V__Kingissepa_nim__kolhoos, lk 14
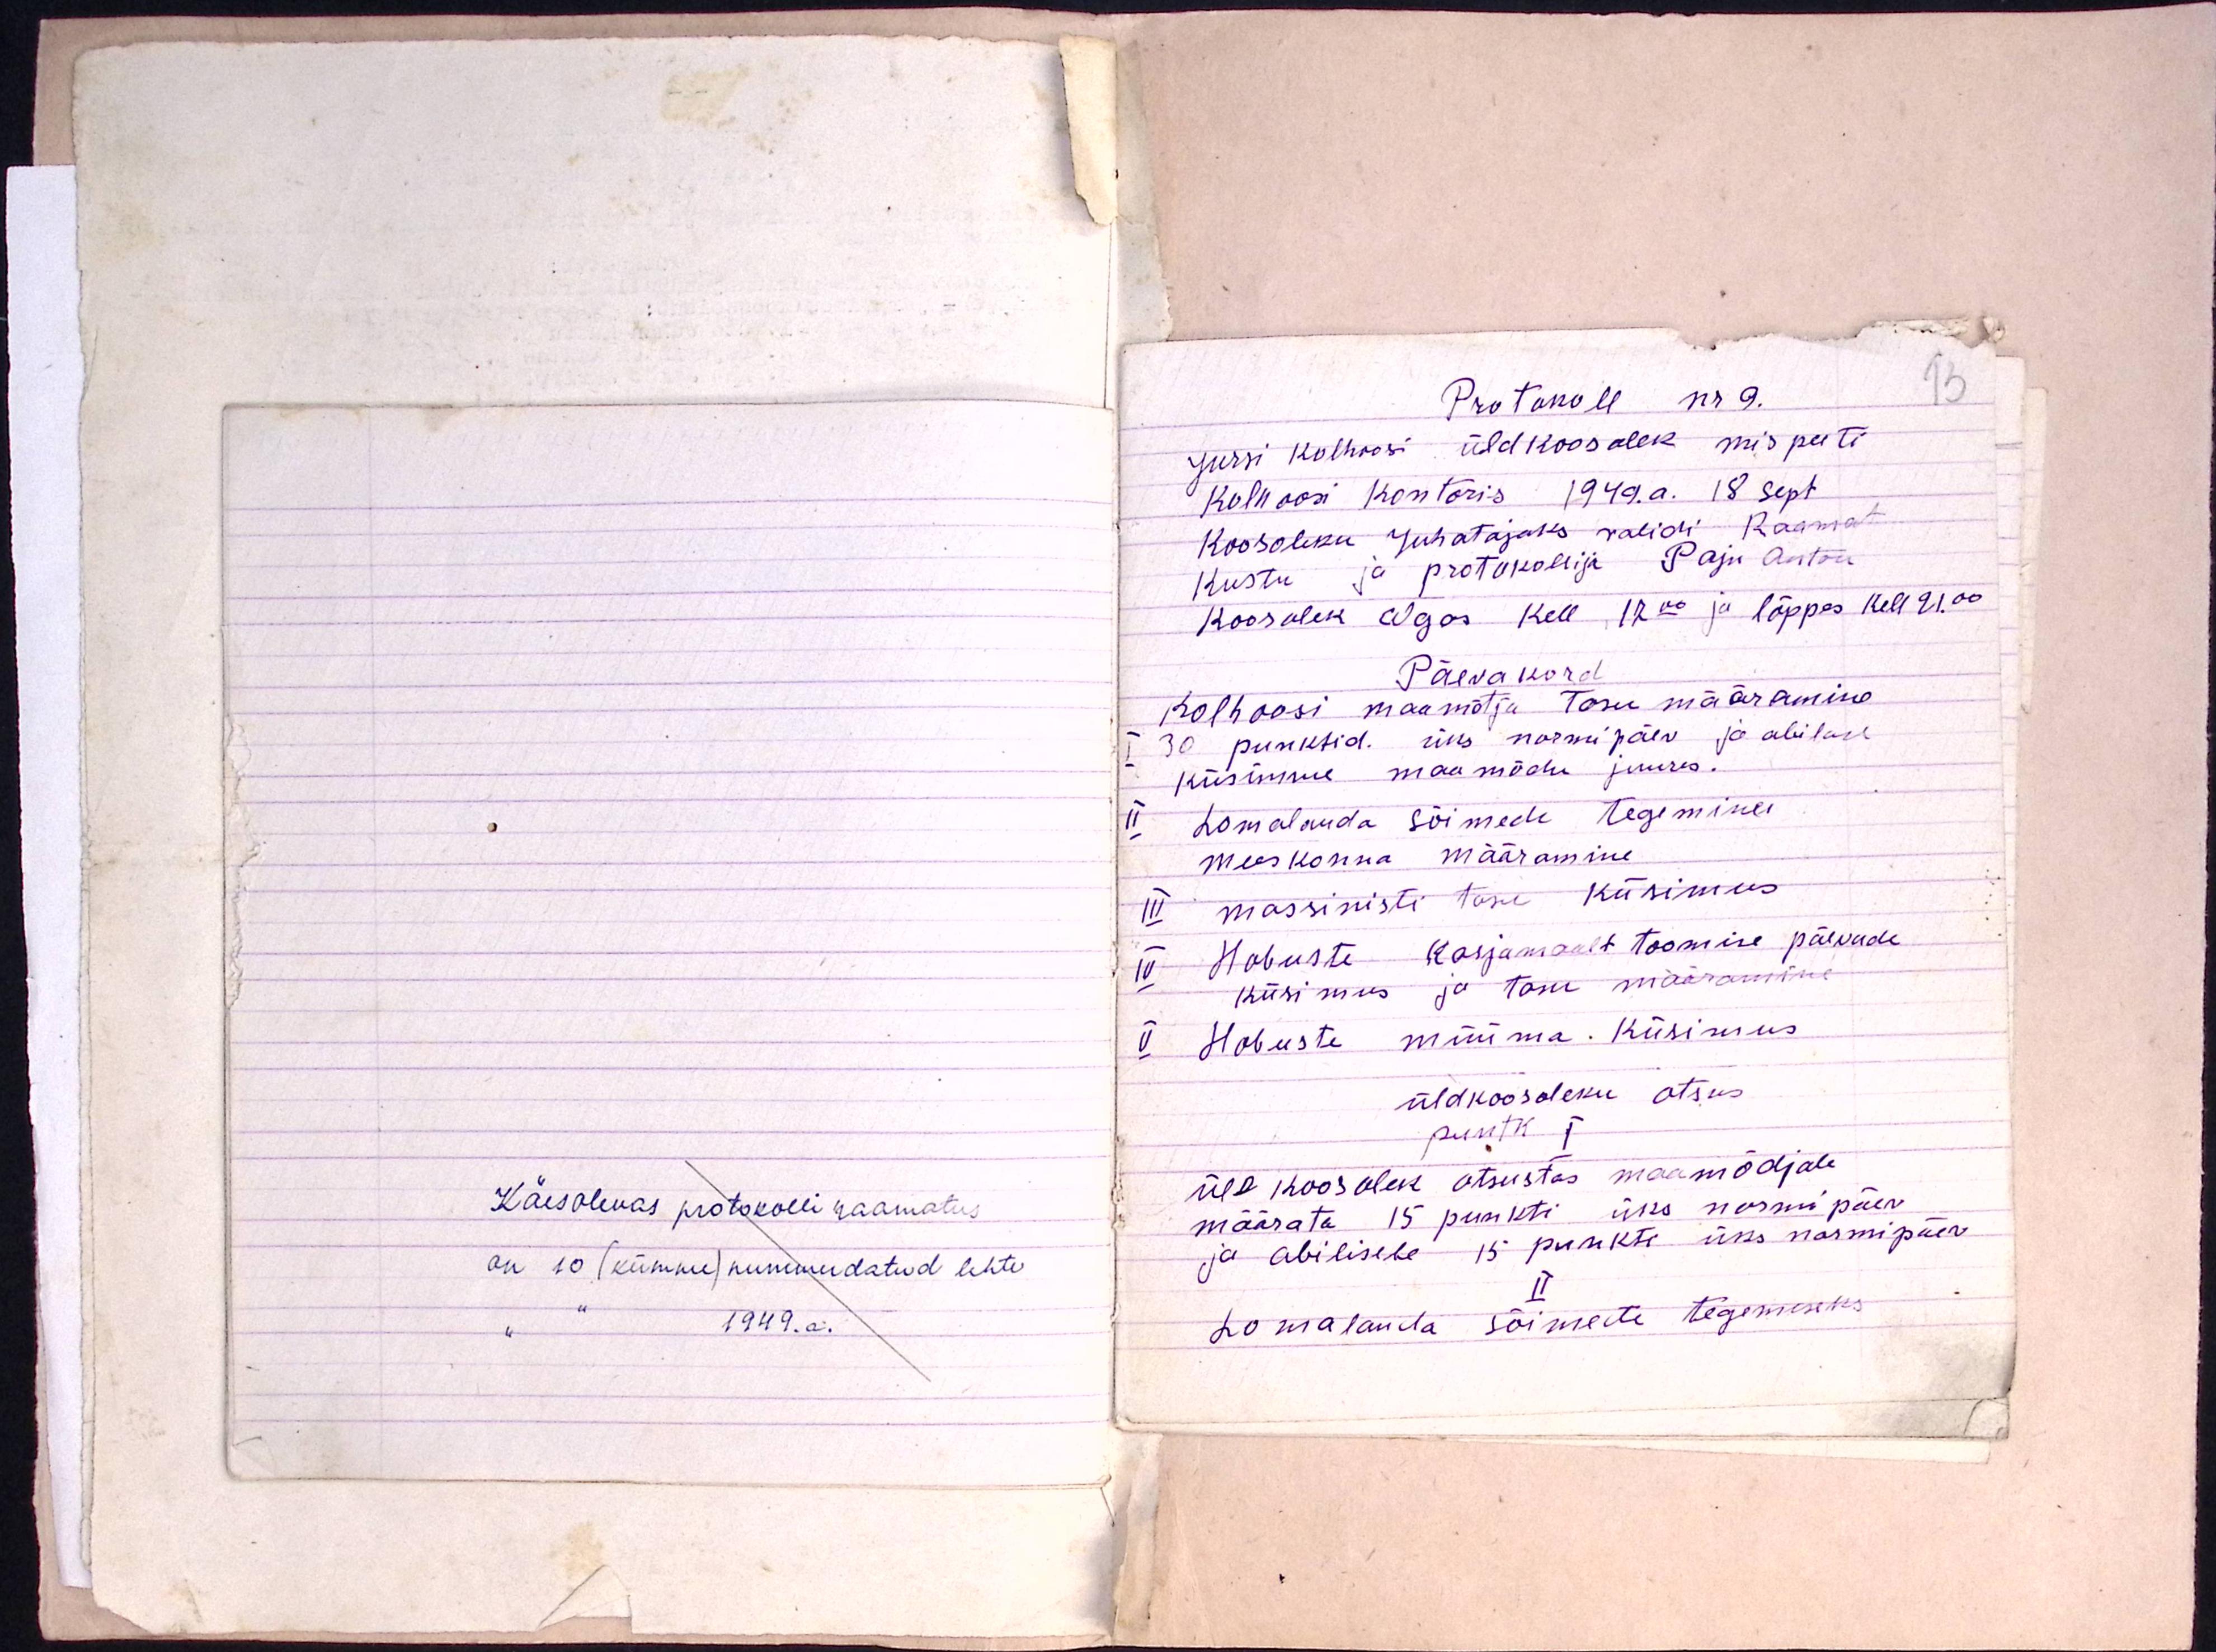
13

Käesolevas protokolli raamatus
on 10 (kümme) nummudatud lehte
" 1949. a.

Protokoll nr 9.
Jursi kolhoosi üldkoosolek mis peeti
kolhoosi kontoris 1949. a. 18 sept.
Koosoleku Juhatajaks validi Raamat
Kustu ja protokollija Paju Anton
Koosolek algas kell 12.00 ja lõppes kell 21.00
Päevakord
Kolhoosi maamõtja Tasu määramine
I 30 punktid. üks normipäev ja abilase
küsimine maamõdu juures.
II Lomalauda sõimede tegemine
meeskonna määramine
III massinistide tasu küsimus
IV Hobuste karjamaalt toomise päevade
küsimus ja tasu määramine
V Hobuste müüma. Küsimus
üldkoosoleku otsus
puntk I
üld koosolek otsustas maamõdjale
määrata 15 punkti üks normi päev.
ja abilisele 15 punkti üks normipäev
Lomalanda sõimete tegemiseks